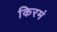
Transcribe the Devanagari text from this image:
किरमं